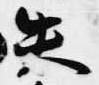
失